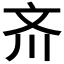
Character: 𪯠